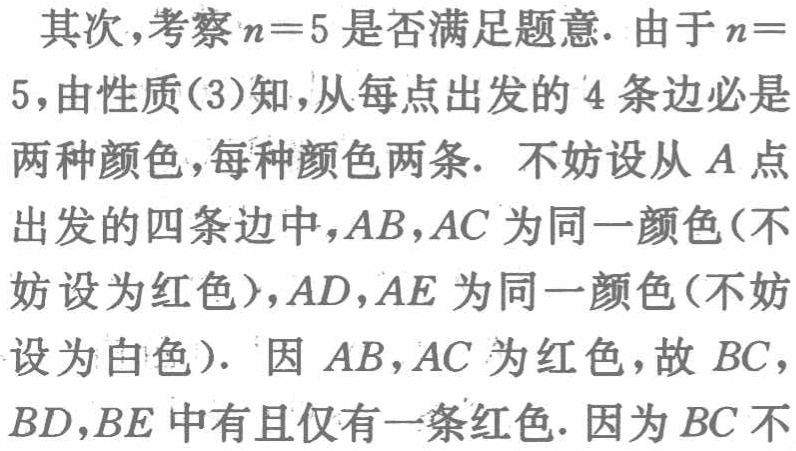
其次,考察\(n = 5\)是否满足题意. 由于\(n = 5\),由性质(3)知,从每点出发的\(4\)条边必是两种颜色,每种颜色两条. 不妨设从\(A\)点出发的四条边中,\(AB,AC\)为同一颜色(不妨设为红色),\(AD,AE\)为同一颜色(不妨设为白色). 因\(AB,AC\)为红色,故\(BC,BD,BE\)中有且仅有一条红色. 因为\(BC\)不